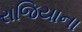
રાજિયાના